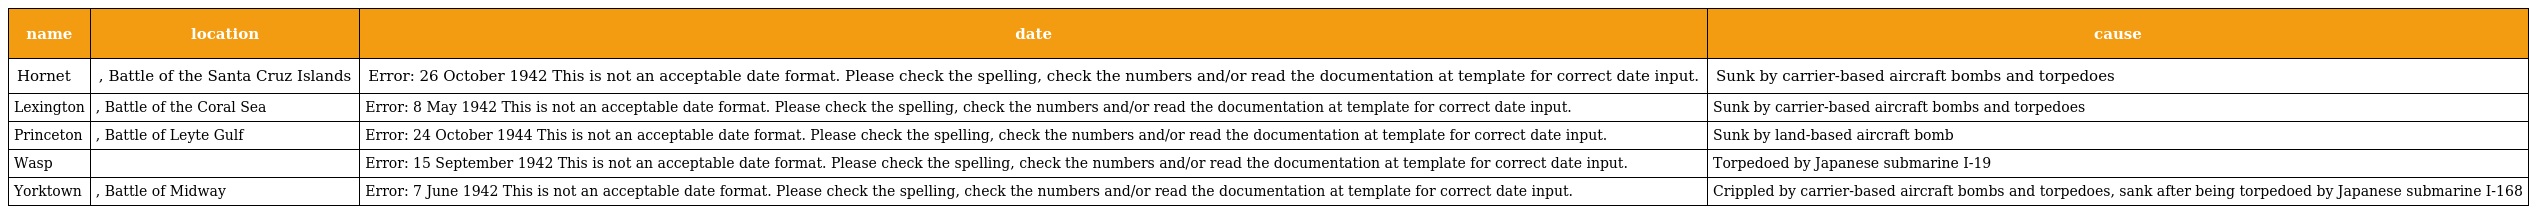
| name | location | date | cause |
 | --- | --- | --- | --- |
 | Hornet | , Battle of the Santa Cruz Islands | Error: 26 October 1942 This is not an acceptable date format. Please check the spelling, check the numbers and/or read the documentation at template for correct date input. | Sunk by carrier-based aircraft bombs and torpedoes |
 | Lexington | , Battle of the Coral Sea | Error: 8 May 1942 This is not an acceptable date format. Please check the spelling, check the numbers and/or read the documentation at template for correct date input. | Sunk by carrier-based aircraft bombs and torpedoes |
 | Princeton | , Battle of Leyte Gulf | Error: 24 October 1944 This is not an acceptable date format. Please check the spelling, check the numbers and/or read the documentation at template for correct date input. | Sunk by land-based aircraft bomb |
 | Wasp |  | Error: 15 September 1942 This is not an acceptable date format. Please check the spelling, check the numbers and/or read the documentation at template for correct date input. | Torpedoed by Japanese submarine I-19 |
 | Yorktown | , Battle of Midway | Error: 7 June 1942 This is not an acceptable date format. Please check the spelling, check the numbers and/or read the documentation at template for correct date input. | Crippled by carrier-based aircraft bombs and torpedoes, sank after being torpedoed by Japanese submarine I-168 |